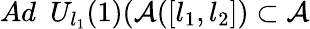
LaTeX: Ad\, \, \, U_{l_{1}}(1)(\mathcal{A}([l_{1},l_{2}])\subset\mathcal{A}